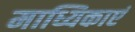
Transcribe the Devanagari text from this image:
माध्यिकाएं